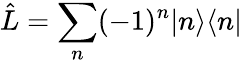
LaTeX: \hat{L}=\sum_{n}(-1)^{n}|n\rangle\langle n|